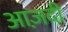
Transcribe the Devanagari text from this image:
आज़दी